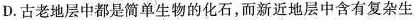
D. 古老地层中都是简单生物的化石，而新近地层中含有复杂生